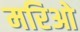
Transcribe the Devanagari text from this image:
मरिओ